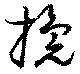
攙